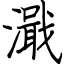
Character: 濈